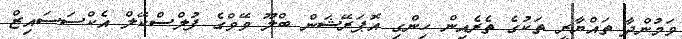
ވަމުންދާ ތައްޔާރީ ތަކުގެ ތެރެއިން ހިންގި އޮޕަރޭޝަން ބްލޫ ވޭވްގެ ފުލްސްކޭލް އެކްސަސައިޒް